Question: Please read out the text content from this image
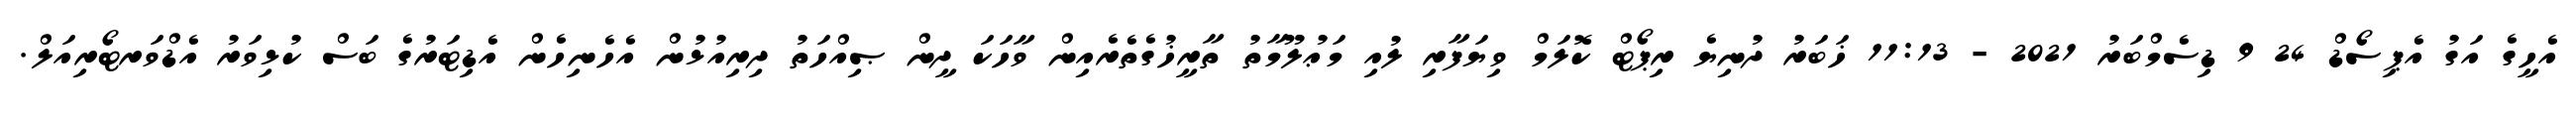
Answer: އެހީގެ އަގު އެޕިސޯޑް 24 9 ޑިސެމްބަރު 2021 - 11:13 ޚަބަރު ދުނިޔެ ރިޕޯޓް ކޮލަމް ވިޔަފާރި ލުއި މަޢުލޫމާތު ތާރީޚުގެތެރެއިން ވާހަކަ ދީން ޞިއްހަތު ދިރިއުޅުން އެހެނިހެން އެޑިޓަރުގެ ބަސް ކުޅިވަރު އެޑްވަރޓޯރިއަލް.